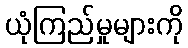
ယုံကြည်မှုများကို